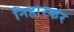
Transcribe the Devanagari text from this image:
निहारकर